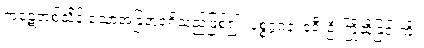
ကုဋေတစ်သိန်းသောအခြံအရံရှိသည်ဖြစ်၍။ ပစ္စဂ္ဂဂနံ၊ ခရီးဦးကြိုဆိုခြင်းကို။